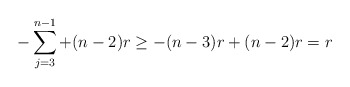
\begin{align*}- \sum\limits_{j=3}^{n-1} + (n-2)r \geq -(n-3)r + (n-2)r = r\end{align*}